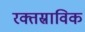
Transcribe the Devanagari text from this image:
रक्तस्राविक